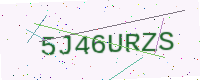
Text: 5J46URZS